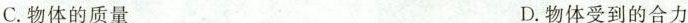
C.物体的质量 D.物体受到的合力